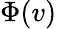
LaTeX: \Phi(v)